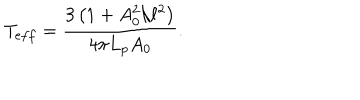
T _ { e f f } = \frac { 3 \left( 1 + A _ { 0 } ^ { 2 } / \ell ^ { 2 } \right) } { 4 \pi L _ { p } A _ { 0 } } .